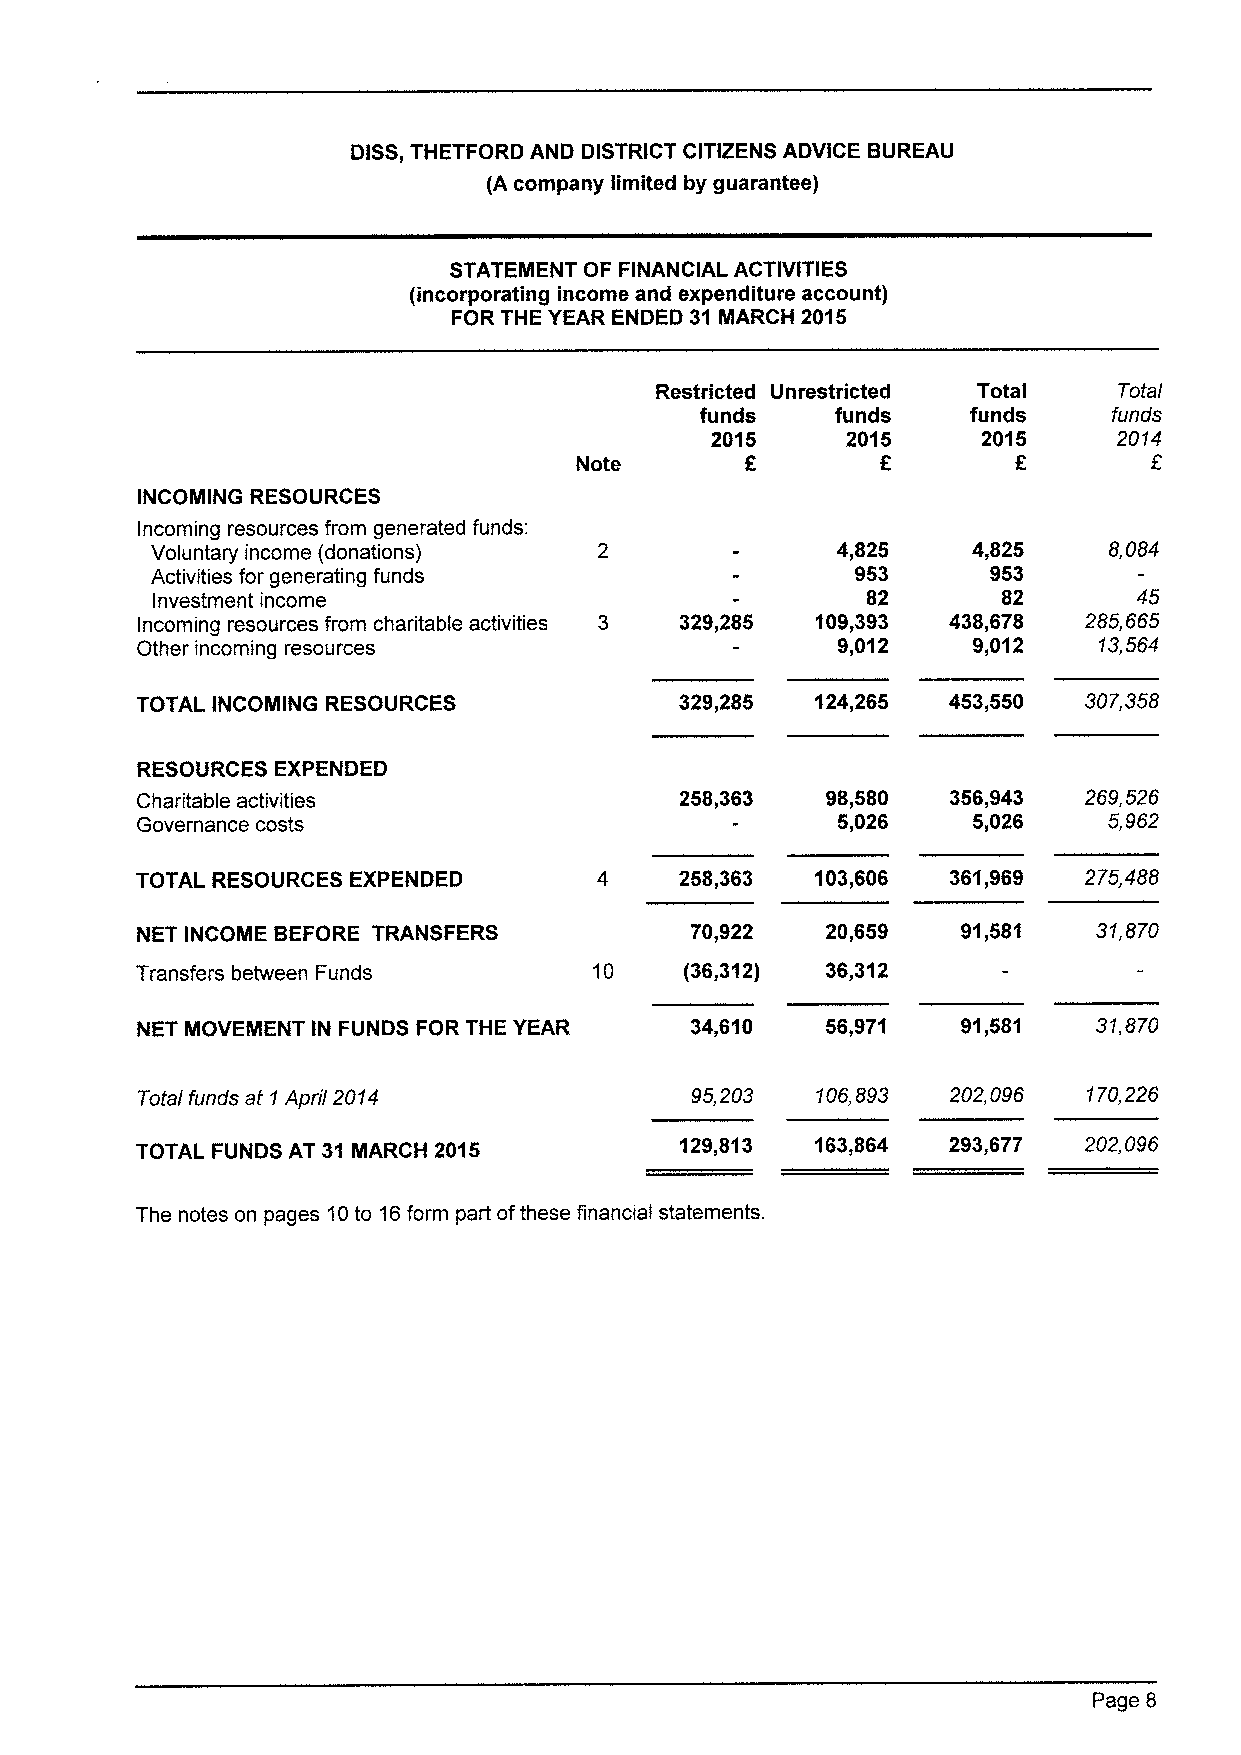
DISS,THETFORD AND DISTRICT CITIZENS ADVICE BUREAU
 {Acompany limited by guarantee)
 STATEMENT OF FINANCIAL ACTIVITIES
 {incorporating income and expenditure account)
 FOR THE YEAR ENDED 31 MARCH 2015
 Restricted Unrestricted Total  Total
 funds    funds    funds     funds
 2015     2015     2015     2014
 Note       E
 INCOMING RESOURCES
 Incoming resources from generated funds:
 Voluntary income (donations)  2              4,825    4,825    8,084
 Activities for generating funds                953      953
 Investment income                              82       82       45
 Incoming resources from charitable activities 3 329,285 109,393 438,678 285,665
 Other incoming resources                      9,012    9„012    13,564
 TOTAL INCOMING RESOURCES            329,285  124,265  453,550  307,358
 RESOURCES EXPENDED
 Charitable activities               258,363   98,580  356,943  269,526
 Governance costs                              5,026    5„026    5,962
 TOTAL RESOURCES EXPENDED            258,363  103,606  361,969  275,488
 NET INCOME BEFORE TRANSFERS          70,922   20,659   91,581   31,870
 Transfers between Funds       10    {36,312)  36,312
 NET MOVEMENT IN FUNDS FOR THE YEAR   34,610   56,971   91,581   31,870
 Total funds at 1April 2014           95,203  106,893  202,096  170,226
 TOTAL FUNDS AT 31 IIARCH 2015       129,813  163,864  293,677  202,096
 The notes on pages 10to 16form part ofthese financial statements.
 Page 8